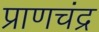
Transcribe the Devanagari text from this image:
प्राणचंद्र